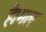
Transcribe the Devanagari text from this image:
है।मल